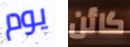
يوم كائن